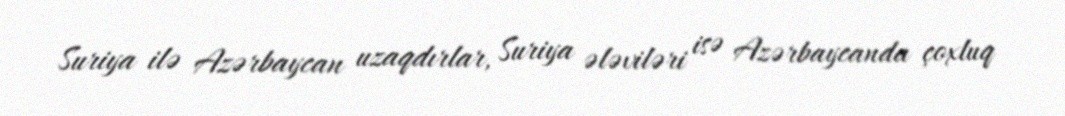
Suriya ilə Azərbaycan uzaqdırlar, Suriya ələviləri isə Azərbaycanda çoxluq